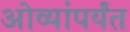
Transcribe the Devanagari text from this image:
ओव्यांपर्यंत